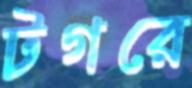
টগরে